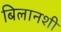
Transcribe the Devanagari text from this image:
बिलानशी